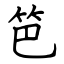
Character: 笆